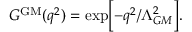
{ \cal G } ^ { \mathrm { G M } } ( q ^ { 2 } ) = \exp \biggl [ - q ^ { 2 } / \Lambda _ { G M } ^ { 2 } \biggr ] .